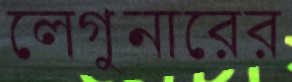
লেগুনারের